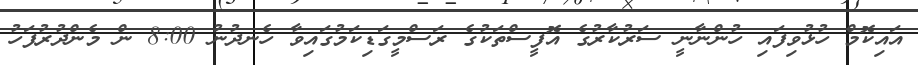
އައިކޮމް ހުޅުވިފައި ހުންނާނީ ސަރުކާރުގެ އޮފީސްތަކުގެ ރަސްމީގަޑިކަމުގައިވާ ހެނދުނު 8:00 ން މެންދުރުފަހު